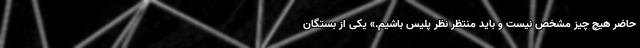
حاضر هیچ چیز مشخص نیست و باید منتظر نظر پلیس باشیم.» یکی از بستگان